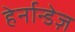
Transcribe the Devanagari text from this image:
हेर्नान्डेज़